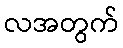
လအတွက်